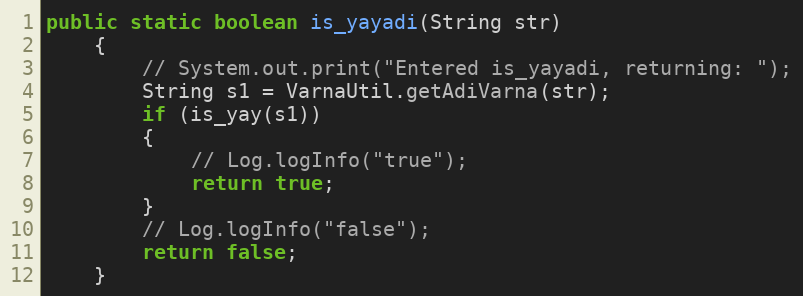
Language: Java
public static boolean is_yayadi(String str)
    {
        // System.out.print("Entered is_yayadi, returning: ");
        String s1 = VarnaUtil.getAdiVarna(str);
        if (is_yay(s1))
        {
            // Log.logInfo("true");
            return true;
        }
        // Log.logInfo("false");
        return false;
    }